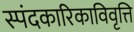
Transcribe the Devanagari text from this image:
स्पंदकारिकाविवृत्ति